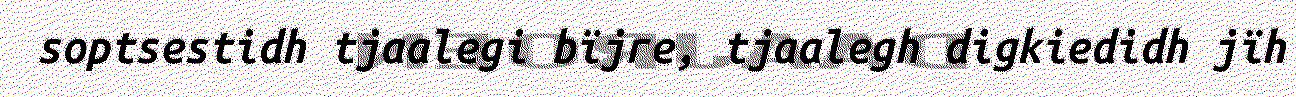
soptsestidh tjaalegi bïjre, tjaalegh digkiedidh jïh